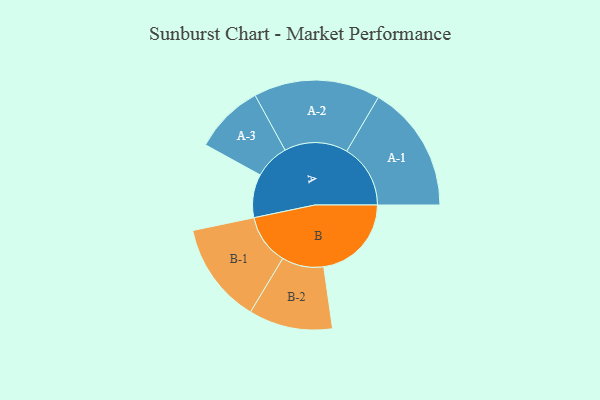
{"axis": {"x": "Segment", "y": "Value"}, "legend": ["", "A", "B"], "data": [{"x": "A", "y": 203, "type": ""}, {"x": "B", "y": 410, "type": ""}, {"x": "A-1", "y": 298, "type": "A"}, {"x": "A-2", "y": 296, "type": "A"}, {"x": "A-3", "y": 163, "type": "A"}, {"x": "B-1", "y": 236, "type": "B"}, {"x": "B-2", "y": 196, "type": "B"}]}